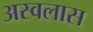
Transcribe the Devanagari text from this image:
अस्वलास